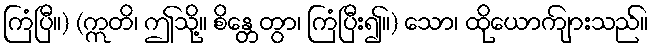
ကြံပြီ။) (ဣတိ၊ ဤသို့။ စိန္တေတွာ၊ ကြံပြီး၍။) သော၊ ထိုယောကျ်ားသည်။